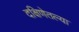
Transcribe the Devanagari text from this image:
दक्षिणेतल्या